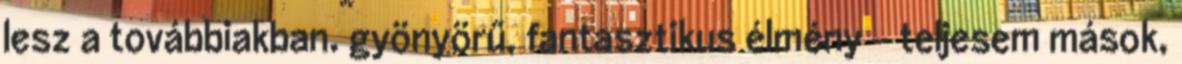
lesz a továbbiakban. gyönyörű, fantasztikus élmény - teljesem mások,